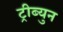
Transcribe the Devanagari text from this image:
ट्रीब्युन